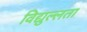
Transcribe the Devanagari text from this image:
विद्युल्लता